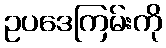
ဥပဒေကြမ်းကို